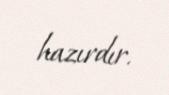
hazırdır.